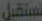
تستقبل